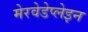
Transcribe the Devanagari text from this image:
मेरवेडेप्लेइन